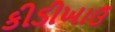
કીડીખાઉ